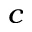
_ c